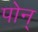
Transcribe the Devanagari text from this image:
पोन्